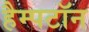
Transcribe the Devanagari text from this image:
हैम्पटॉन